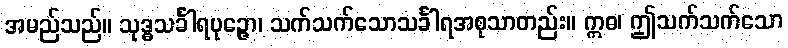
အမည်သည်။ သုဒ္ဓသင်္ခါရပုဉ္ဇော၊ သက်သက်သောသင်္ခါရအစုသာတည်း။ ဣဓ၊ ဤသက်သက်သော